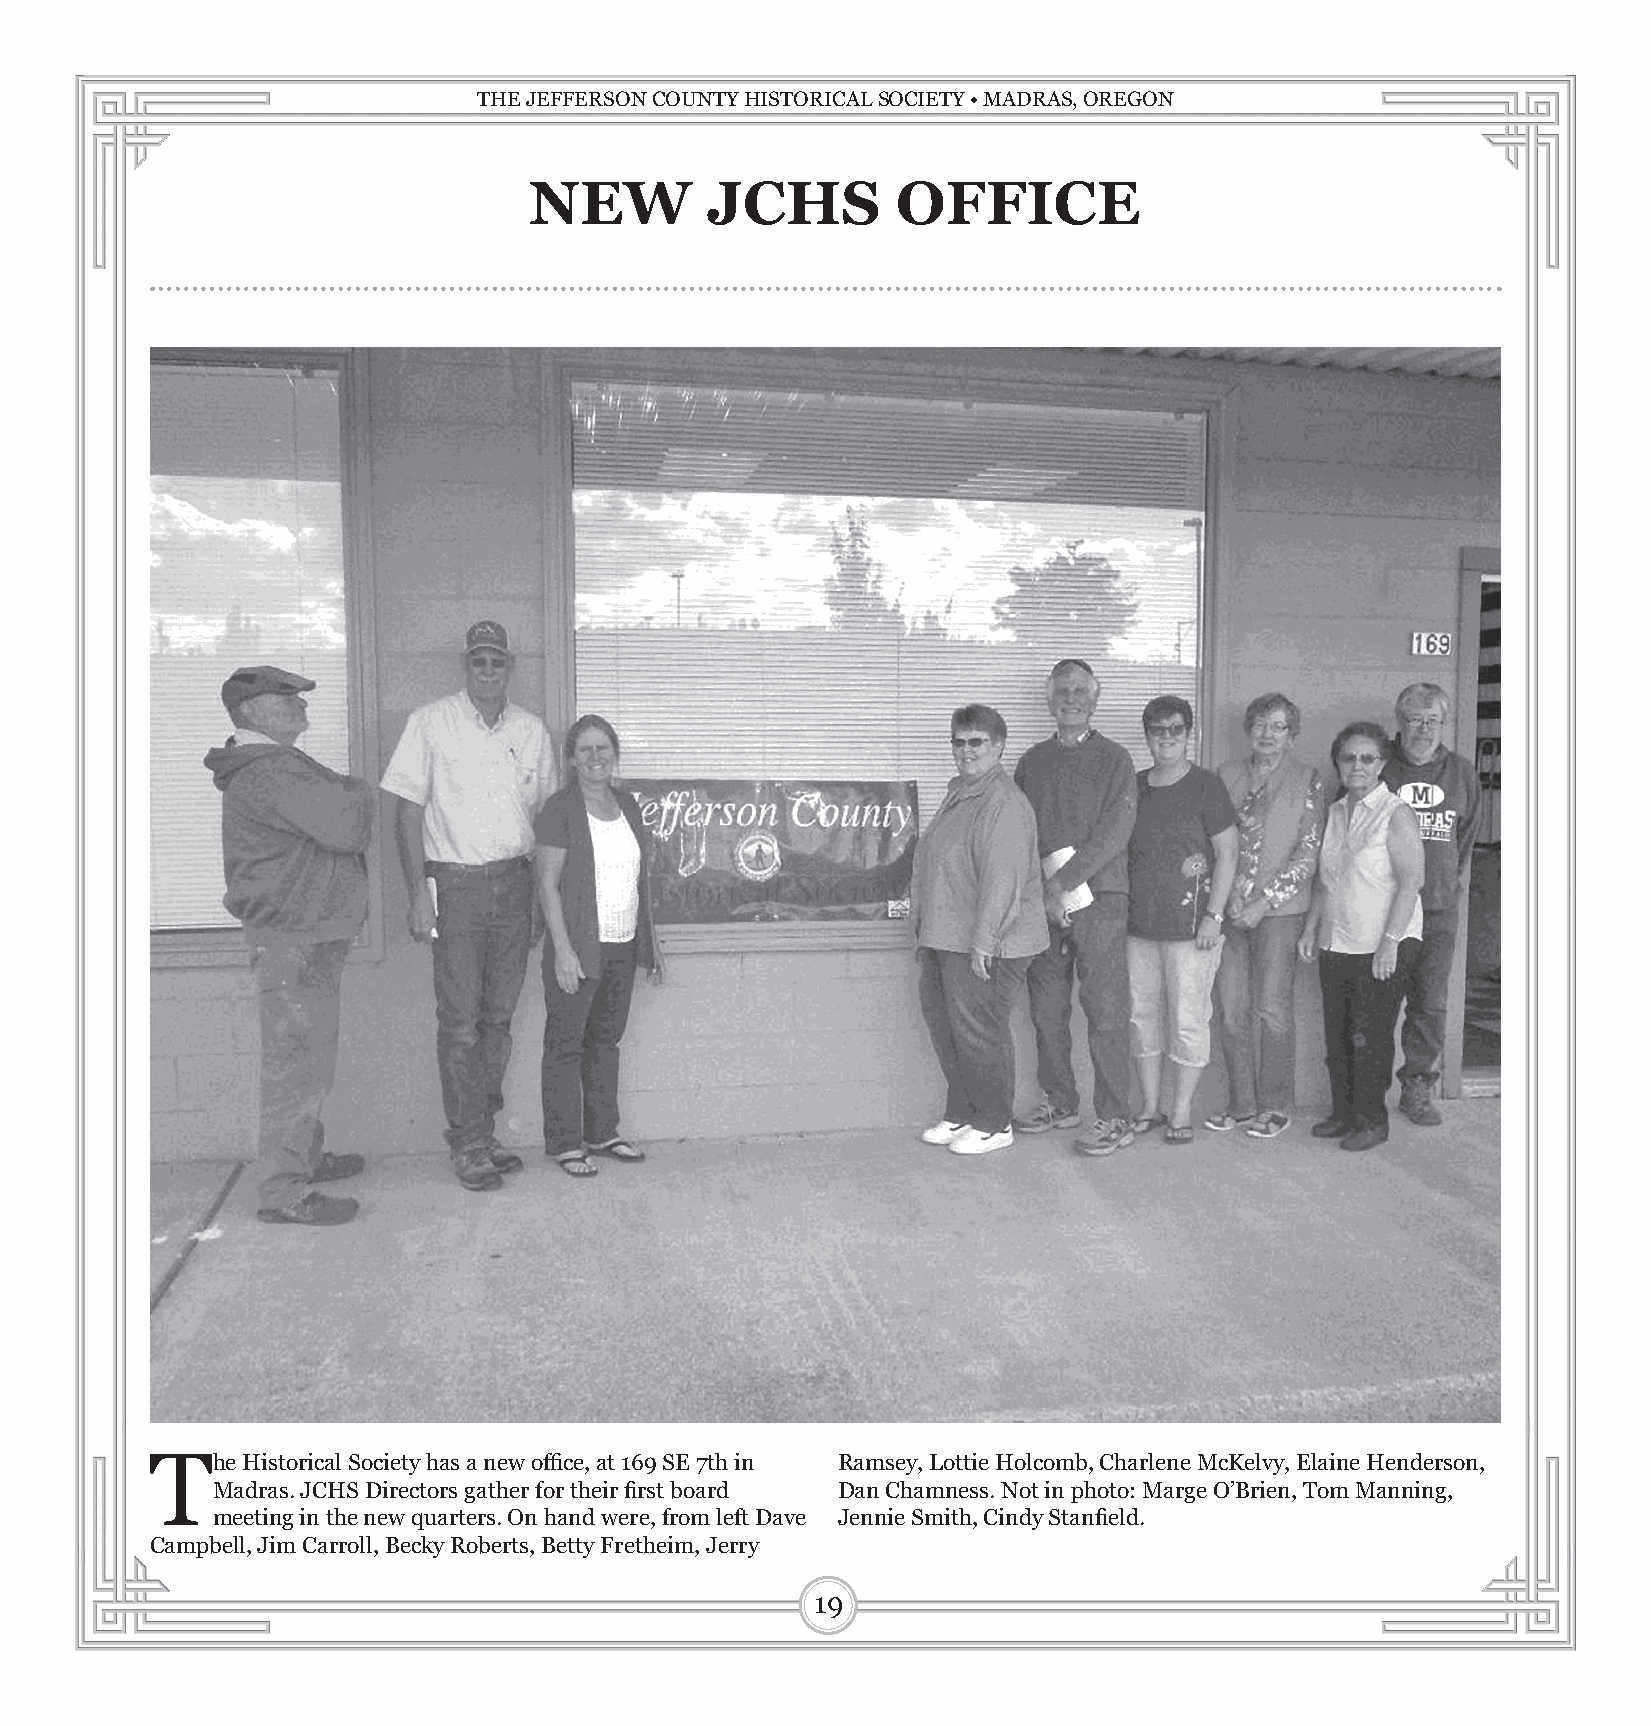
THE JEFFERSON COUNTY HISTORICAL SOCIETY • MADRAS, OREGON
 NEW         JCHS        OFFICE
 The   Historical Society has a new office, at 169 SE 7th in Ramsey, Lottie Holcomb, Charlene McKelvy, Elaine Henderson,
 Madras. JCHS Directors gather for their first board Dan Chamness. Not in photo: Marge O’Brien, Tom Manning,
 meeting in the new quarters. On hand were, from left Dave Jennie Smith, Cindy Stanfield.
 Campbell, Jim Carroll, Becky Roberts, Betty Fretheim, Jerry
 19